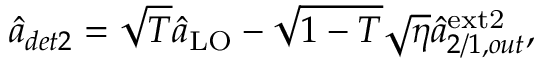
\begin{array} { r } { \hat { a } _ { d e t 2 } = \sqrt { T } \hat { a } _ { \mathrm { L O } } - \sqrt { 1 - T } \sqrt { \eta } \hat { a } _ { 2 / 1 , o u t } ^ { \mathrm { e x t 2 } } , } \end{array}